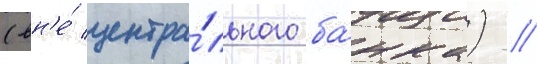
(вн'е́ центра́льного ба́нка) //